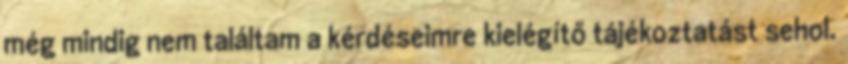
még mindig nem találtam a kérdéseimre kielégítő tájékoztatást sehol.